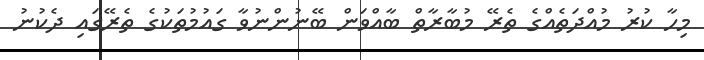
މިހާ ކުރު މުއްދަތެއްގެ ތެރޭ މުބާރާތް ބާއްވަން ބޭނުންނުވާ ގައުމުތަކުގެ ތެރޭގައި ދެކުނު